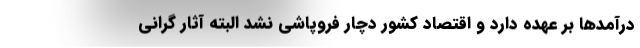
درآمدها بر عهده دارد و اقتصاد کشور دچار فروپاشی نشد البته آثار گرانی